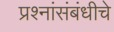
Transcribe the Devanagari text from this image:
प्रश्नांसंबंधीचे